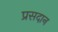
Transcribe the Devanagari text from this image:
प्रसदान